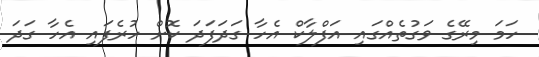
ހަމަ މިރޭގެ ވަގުތެއްގައި އަފްލާކް އެހާ ގަދަފަދަ ކޮށް ހުރެފައި އެހާ ގަދަ